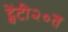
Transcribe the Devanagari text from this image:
ट्वेंटी२०त